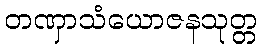
တဏှာသံယောဇနသုတ္တ